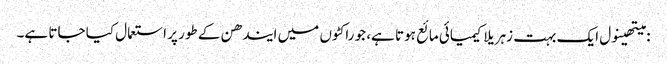
: میتھینول ایک بہت زہریلا کیمیائی مائع ہوتا ہے، جو راکٹوں میں ایندھن کے طور پر استعمال کیا جاتا ہے۔